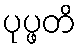
ပုပ္ဖတိ